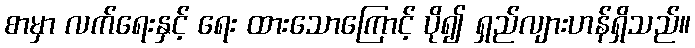
စာမှာ လက်ရေးနှင့် ရေး ထားသောကြောင့် ပို၍ ရှည်လျားဟန်ရှိသည်။